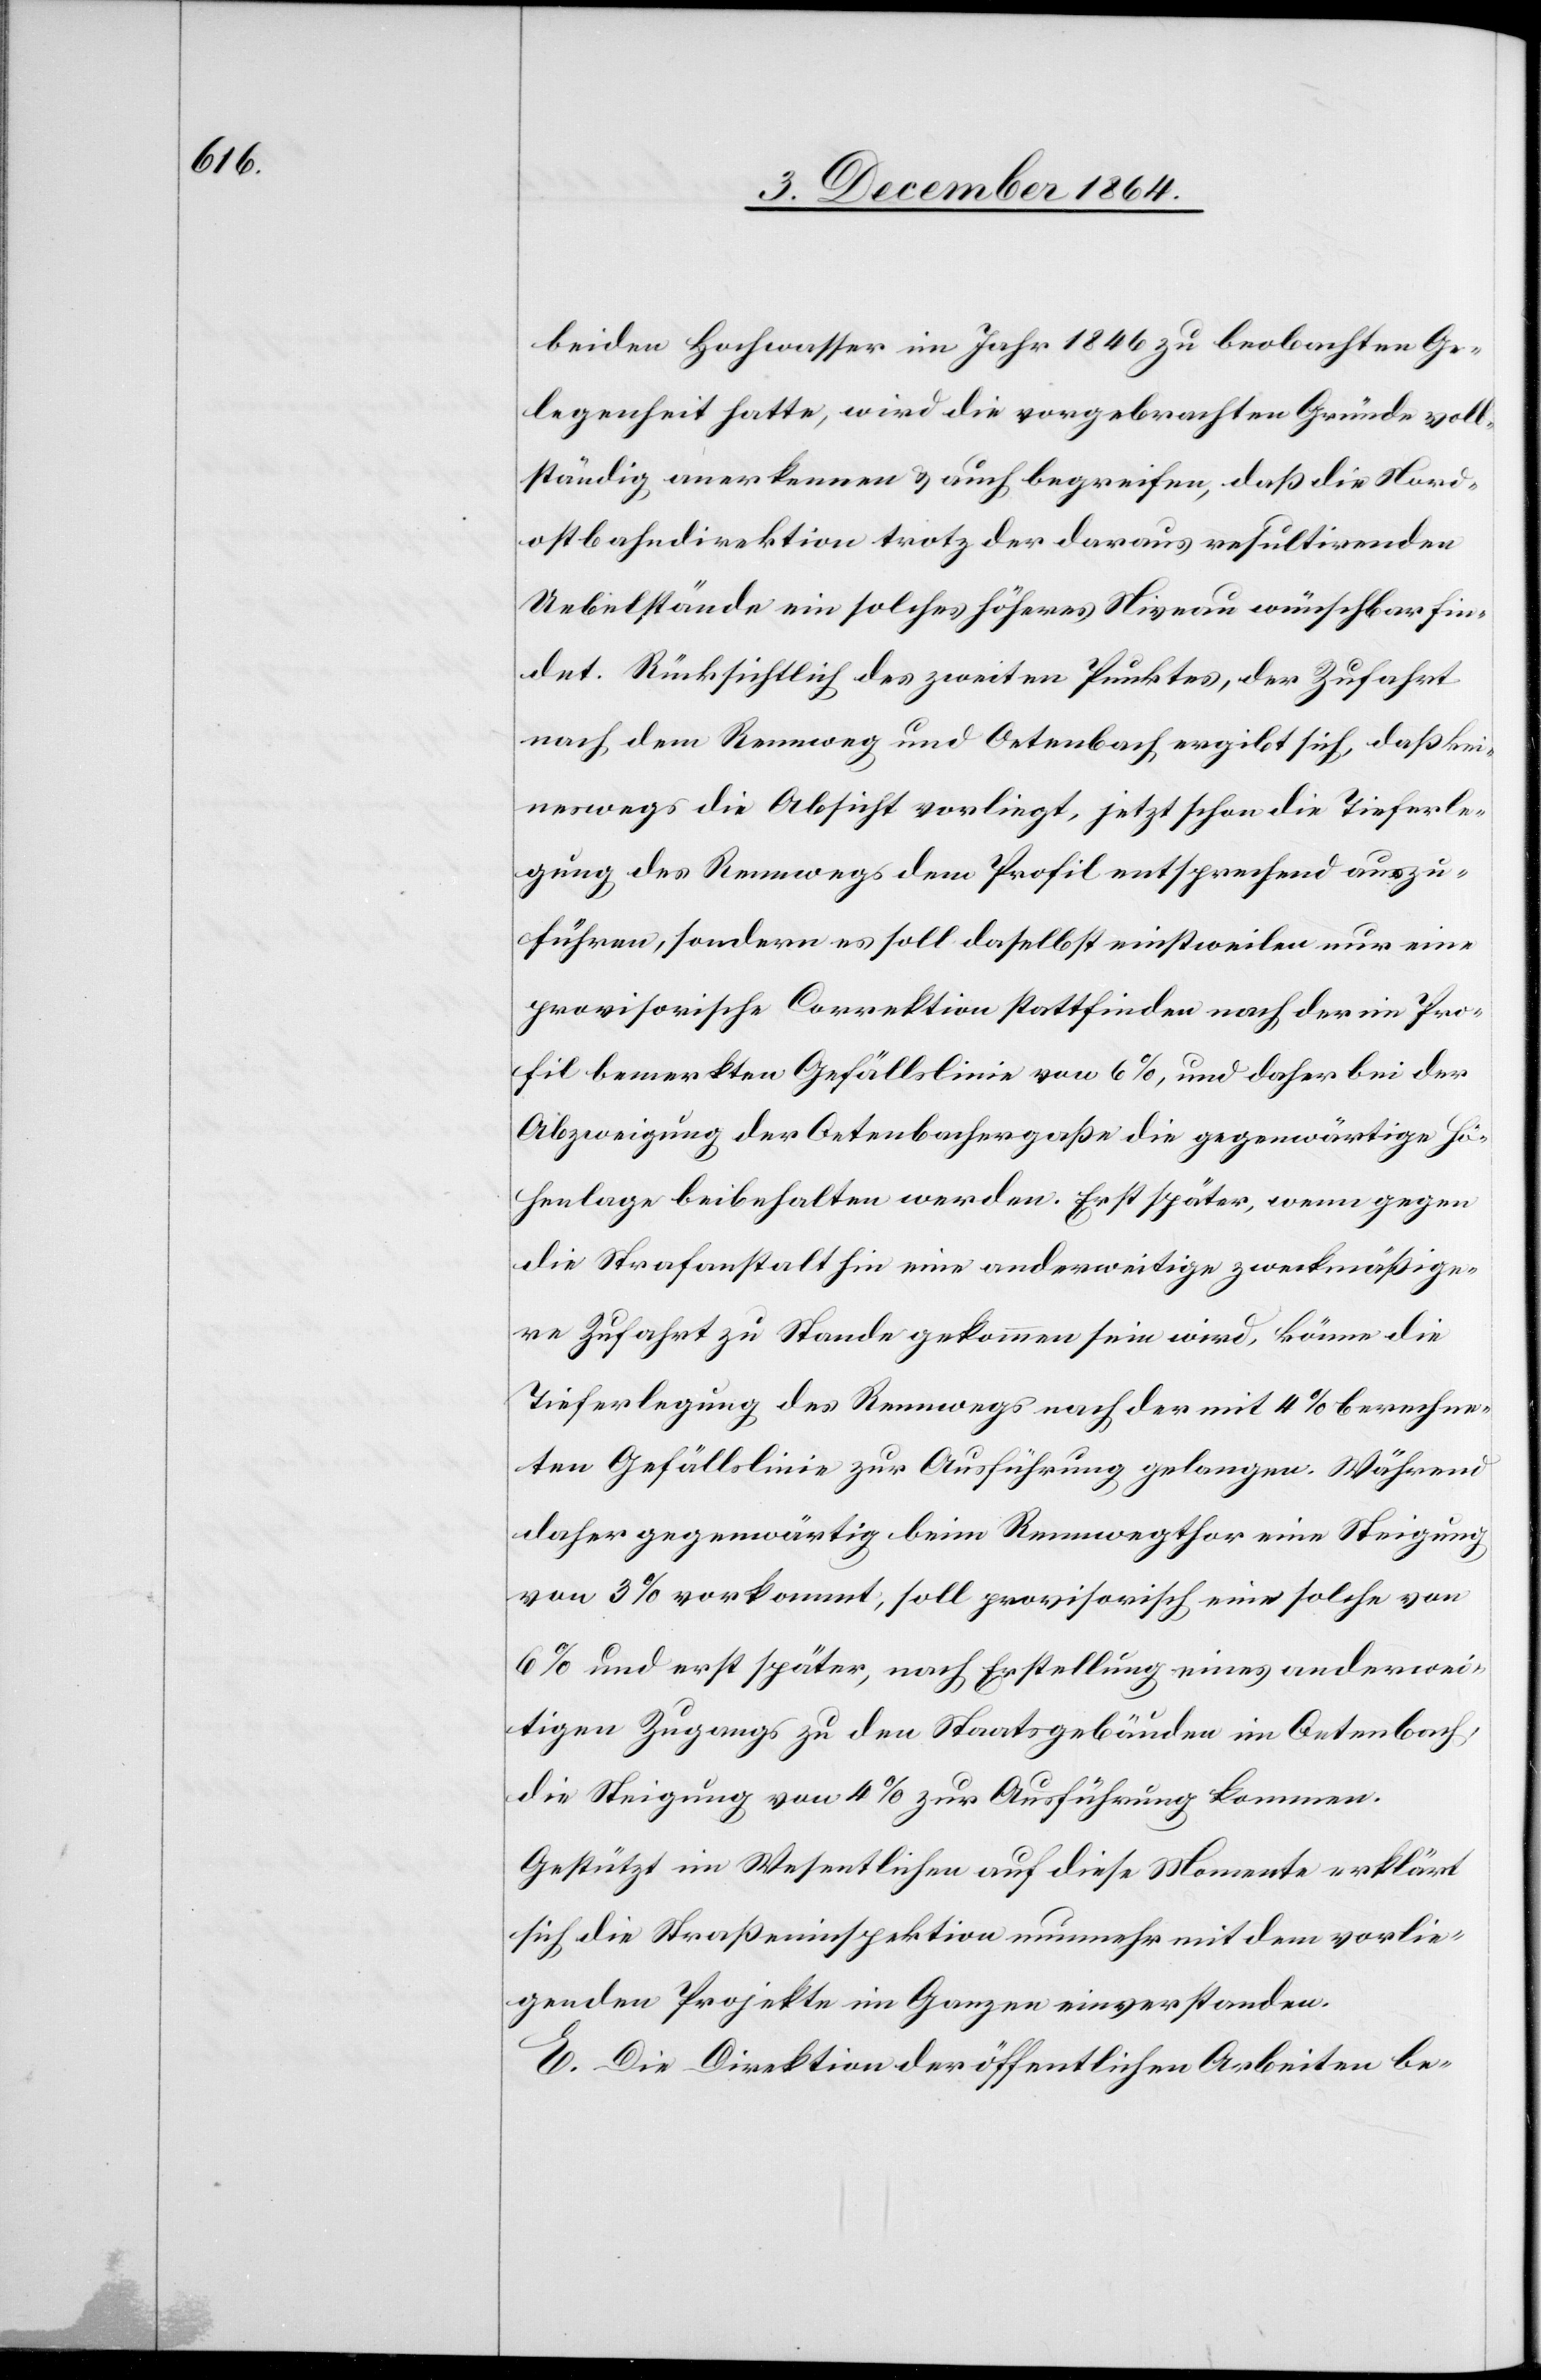
beiden Hochwasser im Jahr 1846 zu beobachten Ge¬
legenheit hatte, wird die vorgebrachten Gründe voll¬
ständig anerkennen & auch begreifen, daß die Nord¬
ostbahndirektion trotz der daraus resultirenden
Uebelstände ein solches höheres Niveau wünschbar fin¬
det. Rücksichtlich des zweiten Punktes, der Zufahrt
nach dem Rennweg und Oetenbach ergibt sich, daß kei¬
neswegs die Absicht vorliegt, jetzt schon die Tieferle¬
gung des Rennwegs dem Profil entsprechend auszu¬
führen, sondern es soll daselbst einstweilen nur eine
provisorische Correktion stattfinden nach der im Pro¬
fil bemerkten Gefällslinie von 6%, und daher bei der
Abzweigung der Oetenbachergaße die gegenwärtige Hö¬
henlage beibehalten werden. Erst später, wenn gegen
die Strafanstalt hin eine anderweitige zweckmäßige¬
re Zufahrt zu Stande gekommen sein wird, könne die
Tieferlegung des Rennwegs nach der mit 4% berechne¬
ten Gefällslinie zur Ausführung gelangen. Während
daher gegenwärtig beim Rennwegthor eine Steigung
von 3% vorkommt, soll provisorisch eine solche von
6% und erst später, nach Erstellung eines anderwei¬
tigen Zugangs zu den Staatsgebäuden im Oetenbach
die Steigung von 4% zur Ausführung kommen.
Gestützt im Wesentlichen auf diese Momente erklärt
sich die Straßenbauinspektion nunmehr mit dem vorlie¬
genden Projekte im Ganzen einverstanden.
E. Die Direktion der öffentlichen Arbeiten be-